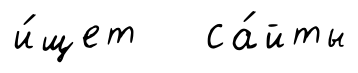
и́щет са́йты